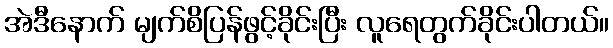
အဲဒီနောက် မျက်စိပြန်ဖွင့်ခိုင်းပြီး လူရေတွက်ခိုင်းပါတယ်။